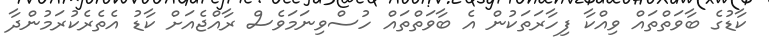
ކާޑުގެ ބާވަތްތައް ވިއްކާ ފިހާރަތަކުން އެ ބާވަތްތައް ހުސްވިނަމަވެސް ރާއްޖެއަށް ކާޑު އެތެރެކުރަމުންދާ